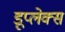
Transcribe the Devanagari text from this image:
डूप्लेक्स